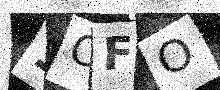
Text: 1CFO